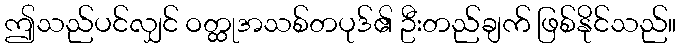
ဤသည်ပင်လျှင် ဝတ္ထုအသစ်တပုဒ်၏ ဦးတည်ချက် ဖြစ်နိုင်သည်။